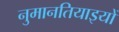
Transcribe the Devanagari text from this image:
नुमानतियाइयों